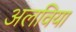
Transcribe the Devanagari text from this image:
अलविया